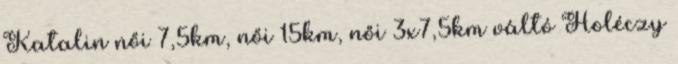
Katalin női 7,5km, női 15km, női 3x7,5km váltó Holéczy